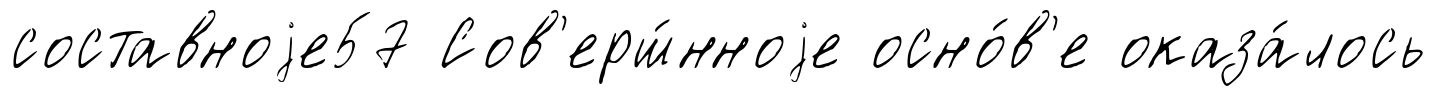
составноjе57 Сов'ерш́нноjе осно́в'е оказа́лось